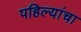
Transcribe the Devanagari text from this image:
पहिल्यांचा